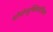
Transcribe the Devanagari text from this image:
मोनोन्युक्लियॉसिस